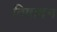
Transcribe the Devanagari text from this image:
विषादन